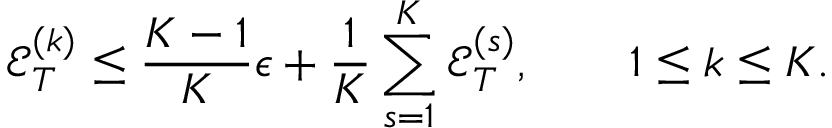
{ \mathcal E } _ { T } ^ { ( k ) } \le \frac { K - 1 } K \epsilon + \frac { 1 } { K } \sum _ { s = 1 } ^ { K } { \mathcal E } _ { T } ^ { ( s ) } , \qquad 1 \le k \le K .